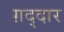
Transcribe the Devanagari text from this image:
ग़द्दार